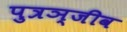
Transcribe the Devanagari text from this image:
पुत्रञ्जीव